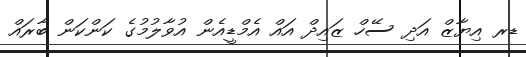
ޑރ އިޔާޒް އަދި ސޭހް ޒައިދް އައް އެމްޑީއެން އުވާލުމުގެ ކަންކަން ބާރައް